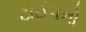
ટાઈપનો